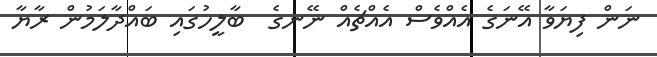
ނަން ފިޔަވާ އޭނަގެ އެއްވެސް އެއްޗެއް ނޭނގެ  ބާލީހުގައި ބައްދާލަމުން ރާޔާ